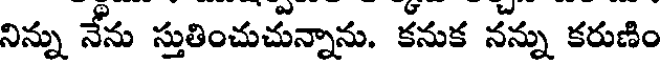
నిన్ను నేను స్తుతించుచున్నాను. కనుక నన్ను కరుణిం